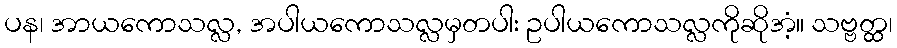
ပန၊ အာယကောသလ္လ, အပါယကောသလ္လမှတပါး ဥပါယကောသလ္လကိုဆိုအံ့။ သဗ္ဗတ္ထ၊